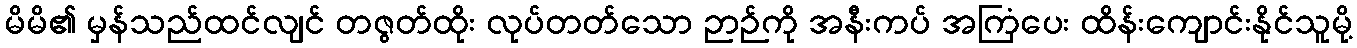
မိမိ၏ မှန်သည်ထင်လျင် တဇွတ်ထိုး လုပ်တတ်သော ဉာဉ်ကို အနီးကပ် အကြံပေး ထိန်းကျောင်းနိုင်သူမို့